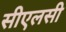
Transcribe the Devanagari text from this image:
सीएलसी